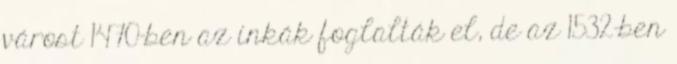
várost 1470-ben az inkák foglalták el, de az 1532-ben